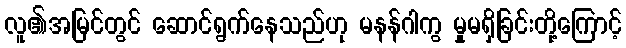
လူ၏အမြင်တွင် ဆောင်ရွက်နေသည်ဟု မနန်ဂါကွ မှုမရှိခြင်းတို့ကြောင့်